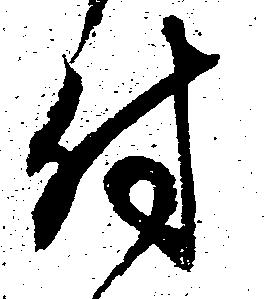
付